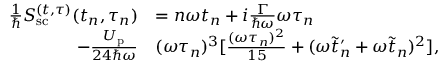
\begin{array} { r l } { \frac { 1 } { \hbar } S _ { \mathrm { s c } } ^ { ( t , \tau ) } ( t _ { n } , \tau _ { n } ) } & { = n \omega t _ { n } + i \frac { \Gamma } { \hbar \omega } \omega \tau _ { n } } \\ { - \frac { U _ { \mathrm { p } } } { 2 4 \hbar \omega } } & { ( \omega \tau _ { n } ) ^ { 3 } [ \frac { ( \omega \tau _ { n } ) ^ { 2 } } { 1 5 } + ( \omega \tilde { t } _ { n } ^ { \prime } + \omega \tilde { t } _ { n } ) ^ { 2 } ] , } \end{array}